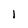
Character: l